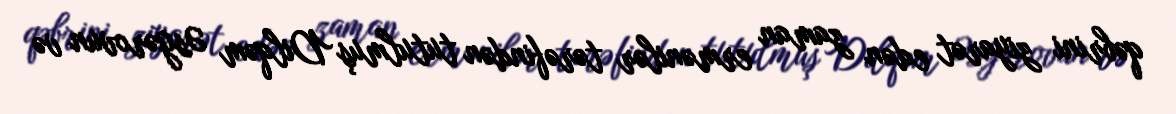
qəbrini ziyarət edən zaman ermənilər tərəfindən tutulmuş Dilqəm Əsgərovun və